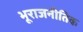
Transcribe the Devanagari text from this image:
भूराजनीतिक